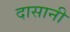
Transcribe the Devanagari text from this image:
दासानी